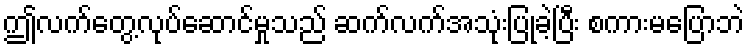
ဤလက်တွေ့လုပ်ဆောင်မှုသည် ဆက်လက်အသုံးပြုခဲ့ပြီး စကားမပြောဘဲ